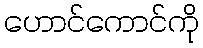
ဟောင်ကောင်ကို